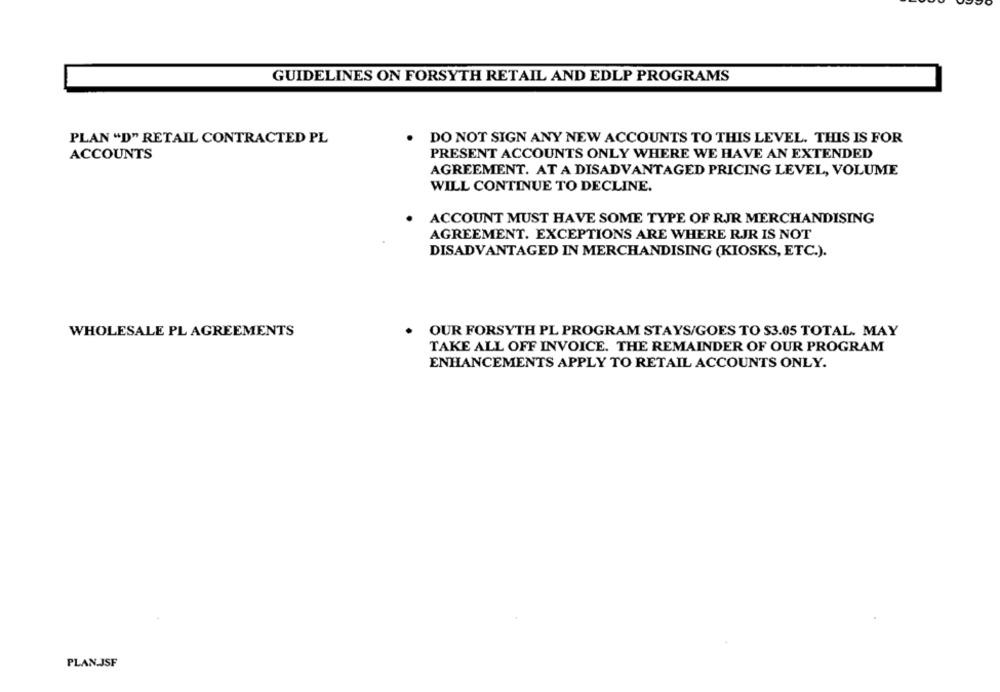
GUIDELINES ON FORSYTH RETAIL AND EDLP PROGRAMS
DO NOT SIGN ANY NEW ACCOUNTS TO THIS LEVEL. THIS IS FOR
PLAN "D" RETAIL CONTRACTED PL
ACCOUNTS
PRESENT ACCOUNTS ONLY WHERE WE HAVE AN EXTENDED
AGREEMENT. AT A DISADVANTAGED PRICING LEVEL, VOLUME
WILL CONTINUE TO DECLINE.
ACCOUNT MUST HAVE SOME TYPE OF RJR MERCHANDISING
AGREEMENT. EXCEPTIONS ARE WHERE RJR IS NOT
DISADVANTAGED IN MERCHANDISING (KIOSKS, ETC.).
WHOLESALE PL AGREEMENTS
OUR FORSYTH PL PROGRAM STAYS/GOES TO $3.05 TOTAL. MAY
TAKE ALL OFF INVOICE. THE REMAINDER OF OUR PROGRAM
ENHANCEMENTS APPLY TO RETAIL ACCOUNTS ONLY.
PLAN JSF